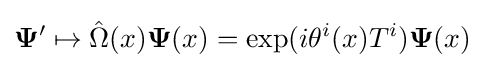
\mathbf {\Psi } '\mapsto {\hat {\Omega }}(x)\mathbf {\Psi } (x)=\exp(i\theta ^{i}(x)T^{i})\mathbf {\Psi } (x)